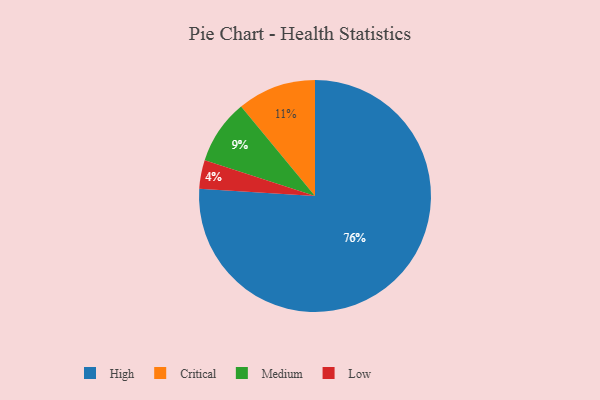
{"axis": {"x": "Category", "y": "Percentage"}, "legend": ["Critical", "High", "Low", "Medium"], "data": [{"x": "Medium", "y": 9, "type": "Medium"}, {"x": "Critical", "y": 11, "type": "Critical"}, {"x": "Low", "y": 4, "type": "Low"}, {"x": "High", "y": 76, "type": "High"}]}